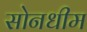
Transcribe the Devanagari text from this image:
सोनधीम